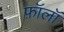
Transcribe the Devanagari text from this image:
फ़ॉलॉ